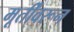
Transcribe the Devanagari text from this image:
मूर्तींवरून